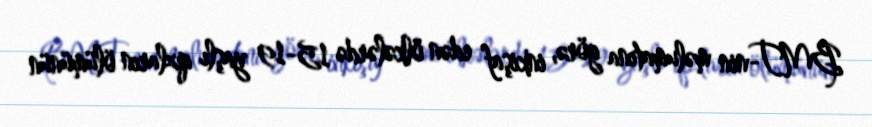
BMT-nin məlumatına görə, inkişaf edən ölkələrdə 15-19 yaşlı qızların ölümünün